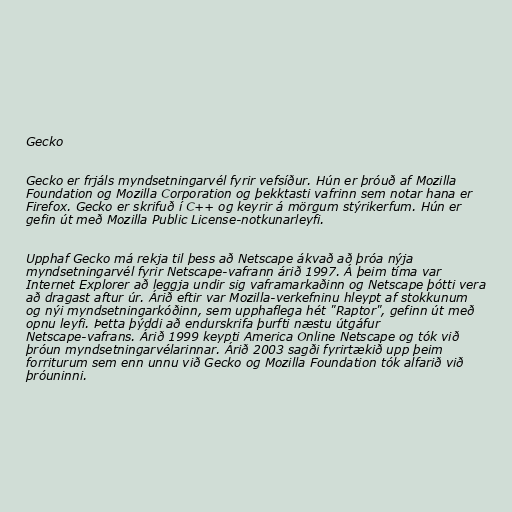
Gecko

Gecko er frjáls myndsetningarvél fyrir vefsíður. Hún er þróuð af Mozilla
Foundation og Mozilla Corporation og þekktasti vafrinn sem notar hana er
Firefox. Gecko er skrifuð í C++ og keyrir á mörgum stýrikerfum. Hún er
gefin út með Mozilla Public License-notkunarleyfi.

Upphaf Gecko má rekja til þess að Netscape ákvað að þróa nýja
myndsetningarvél fyrir Netscape-vafrann árið 1997. Á þeim tíma var
Internet Explorer að leggja undir sig vaframarkaðinn og Netscape þótti vera
að dragast aftur úr. Árið eftir var Mozilla-verkefninu hleypt af stokkunum
og nýi myndsetningarkóðinn, sem upphaflega hét "Raptor", gefinn út með
opnu leyfi. Þetta þýddi að endurskrifa þurfti næstu útgáfur
Netscape-vafrans. Árið 1999 keypti America Online Netscape og tók við
þróun myndsetningarvélarinnar. Árið 2003 sagði fyrirtækið upp þeim
forriturum sem enn unnu við Gecko og Mozilla Foundation tók alfarið við
þróuninni.